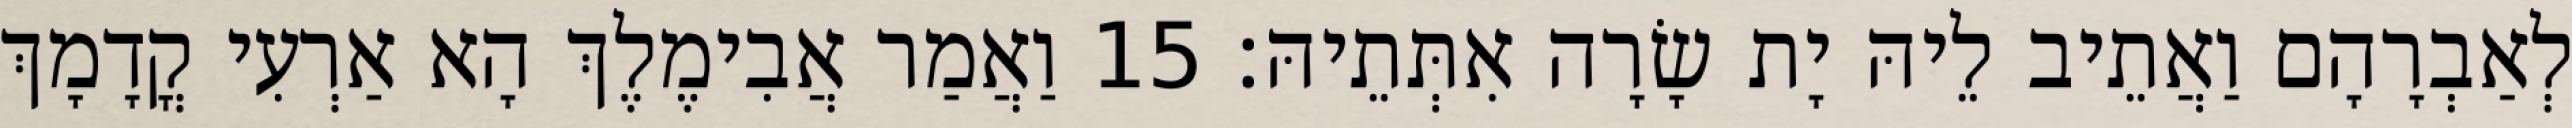
לְאַבְרָהָם וַאֲתֵיב לֵיהּ יָת שָׂרָה אִתְּתֵיהּ׃ 15 וַאֲמַר אֲבִימֶלֶךְ הָא אַרְעִי קֳדָמָךְ